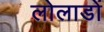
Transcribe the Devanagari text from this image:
लोलाडों